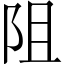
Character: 阻